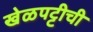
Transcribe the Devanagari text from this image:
खेळपट्टीची